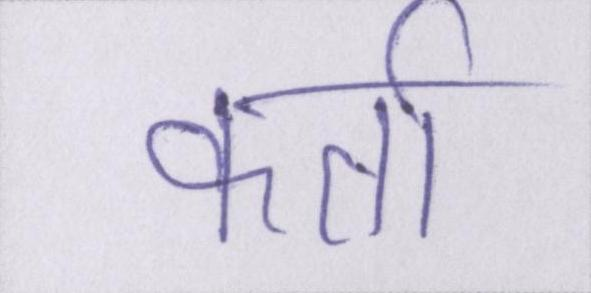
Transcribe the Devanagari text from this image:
कर्ता